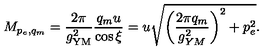
M _ { p _ { e } , q _ { m } } = { \frac { 2 \pi } { g _ { \mathrm { Y M } } ^ { 2 } } } { \frac { q _ { m } u } { \cos \xi } } = u \sqrt { \left( \frac { 2 \pi q _ { m } } { g _ { Y M } ^ { 2 } } \right) ^ { 2 } + p _ { e } ^ { 2 } } .